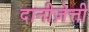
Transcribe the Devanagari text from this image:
दानीज़ेत्ती